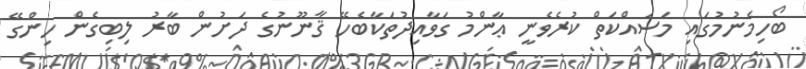
ބޯހިމެނުމުގައި މަސައްކަތް ކުރެވެނީ ޢާންމު ގަވާއިދުތަކާބެހޭ ޤާނޫނުގެ ދަށުން ބާރު ލިބިގެން ހިންގޭ